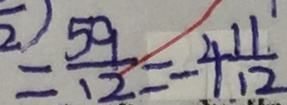
= \frac { 5 9 } { 1 2 } = - 4 \frac { 1 1 } { 1 2 }